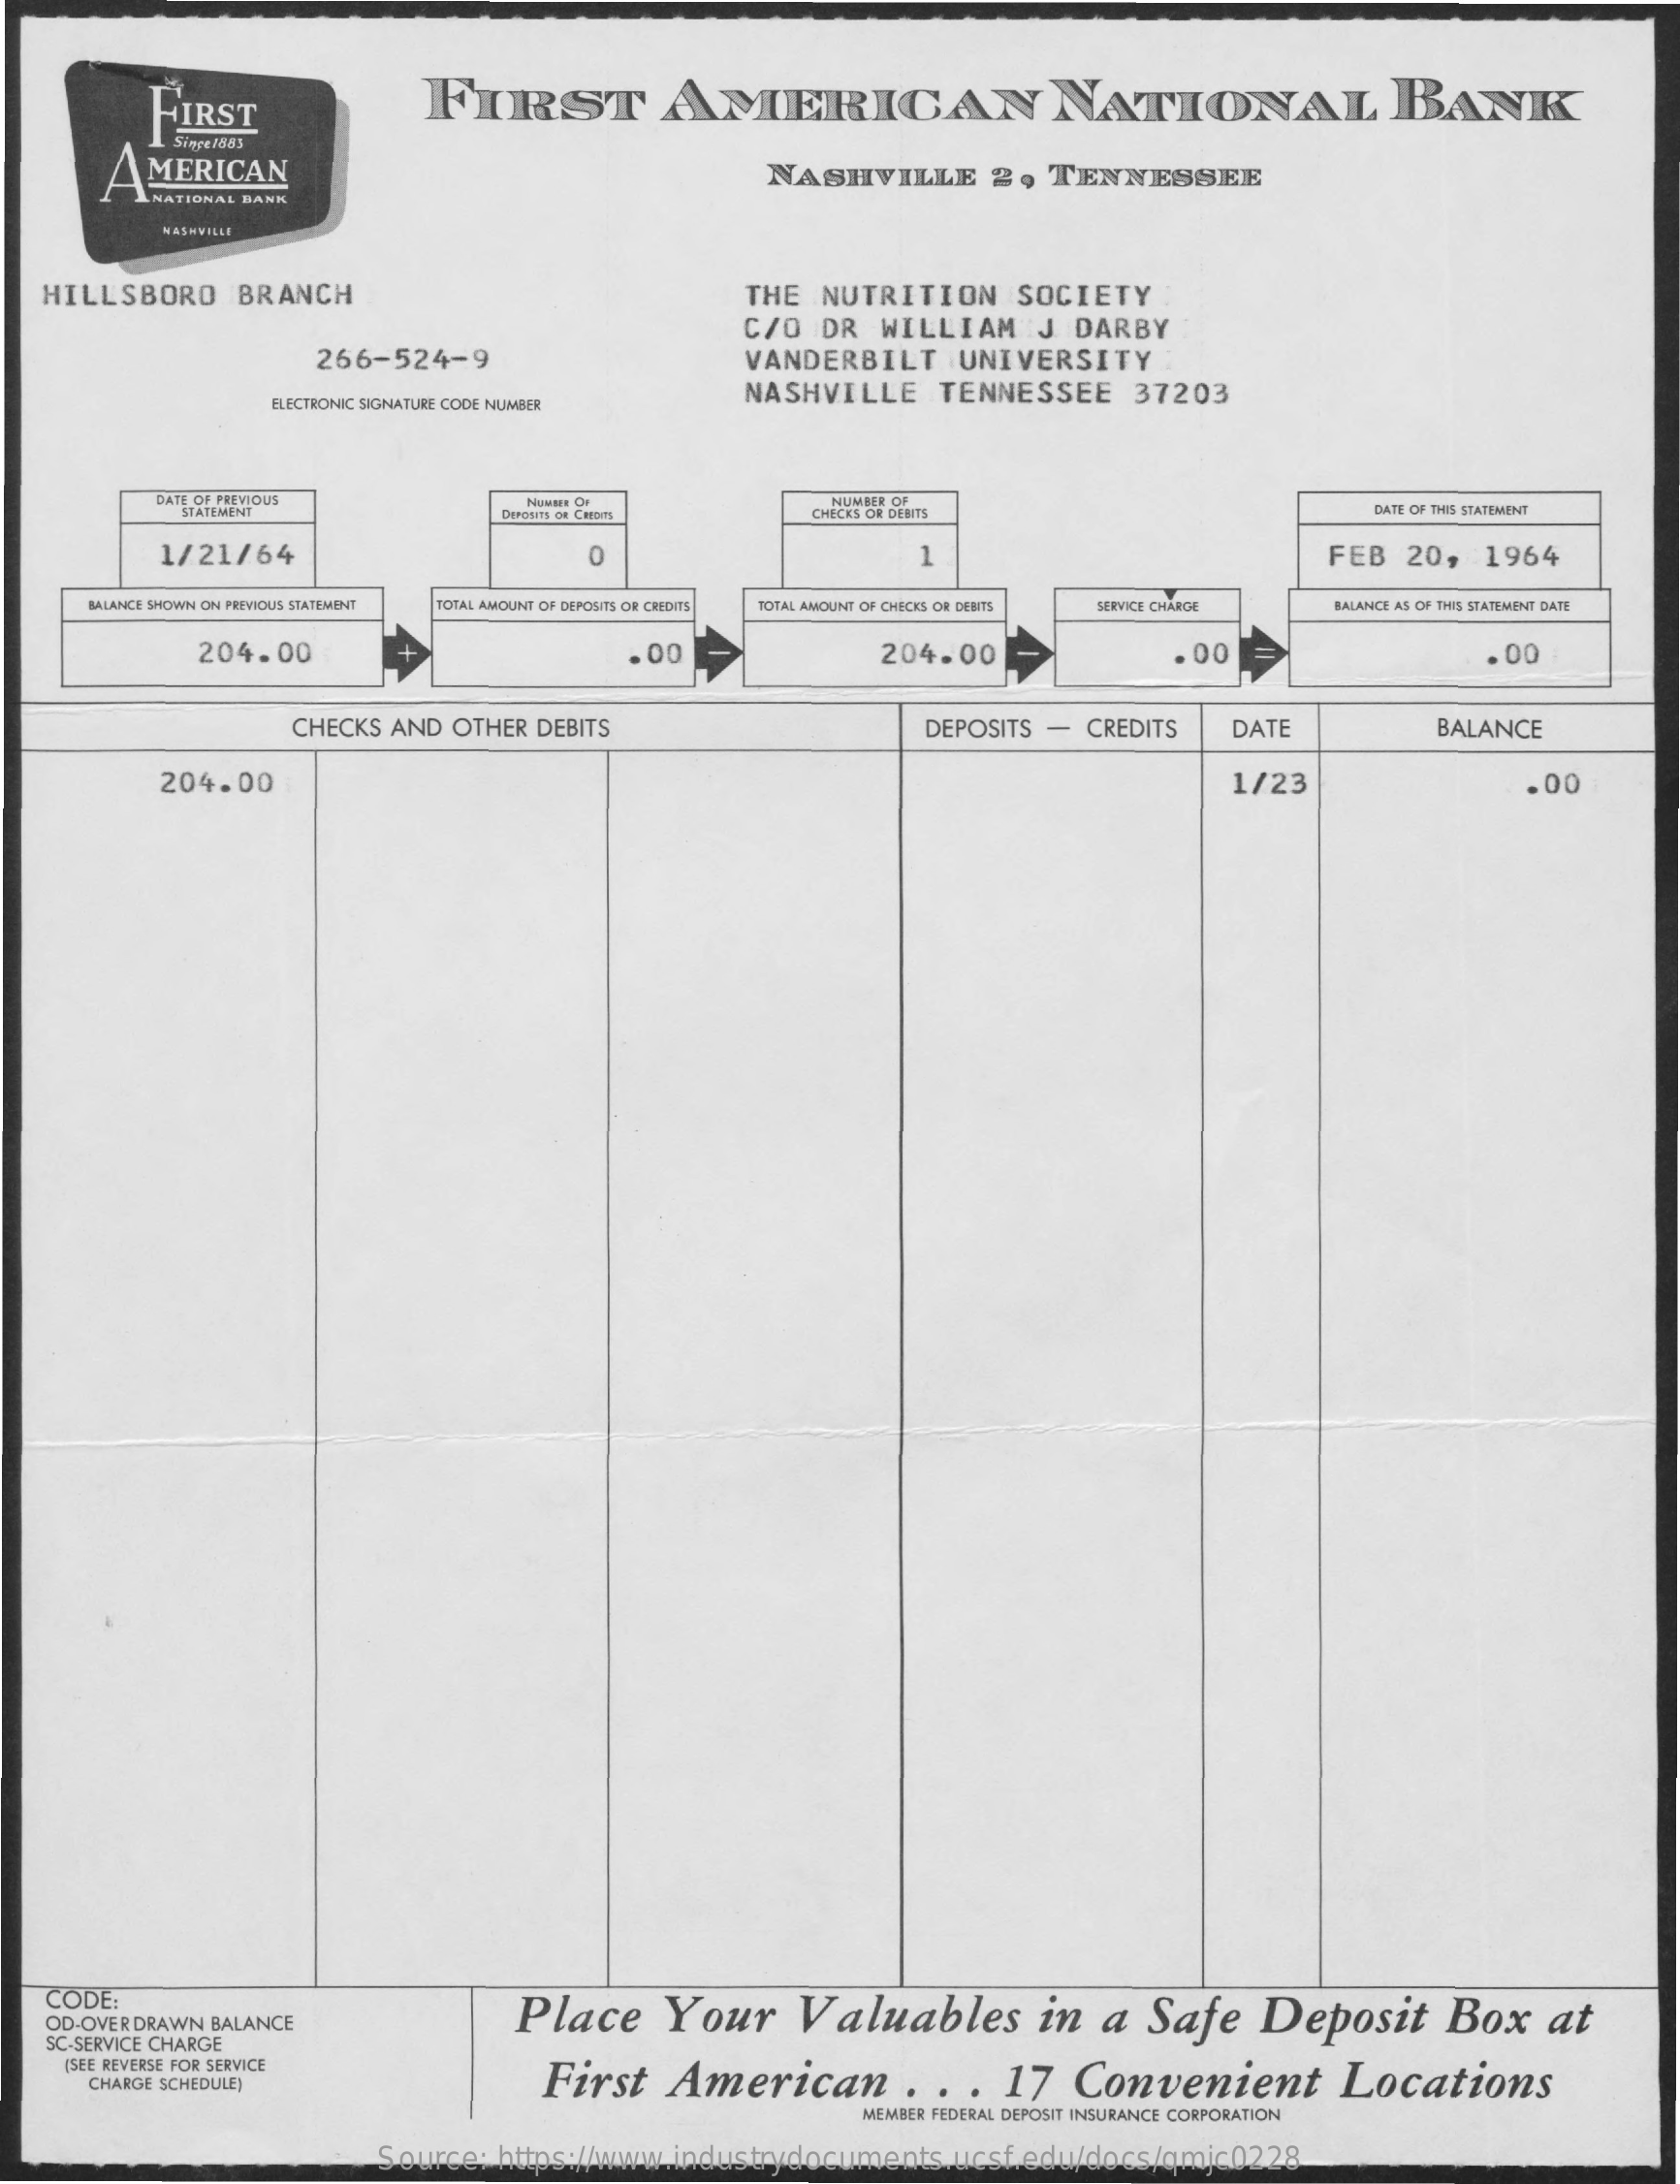
FIRST    FIRST    AMERICAN    NATIONAL    BANK
     Singel005
     AMERICAN    NASHVILLE    2,   TENNESSEE
     NATIONAL BANK
    HILLSBORO    BRANCH    THE   NUTRITION    SOCIETY
     266-524-9
     C/O   DR   WILLIAM    J  DARBY
     VANDERBILT    UNIVERSITY
     ELECTRONIC SIGNATURE CODE NUMBER
     NASHVILLE    TENNESSEE    37203
     DATE OF PREVIO
     STATEMENT
     Dircarts ok Cions
     NUMBER OF
     CHECES OR DEBITS    DATE OF THIS STATEMENT
     1/21/64    O    1    FEB    20,    1964
     BALANCE SHOWN ON PREVIOUS STATEMENT TOTAL AMOUNT OF DEPOSITS OR CREDITS TOTAL AMOUNT OF CHECES OR DEBITS SERVICE CHARGE BALANCE AS OF THIS STATEMENT DATE
     204.00    . 00    204.00    . 00    . 00
     CHECKS  AND  OTHER  DEBITS    DEPOSITS   -  CREDITS    DATE    BALANCE
     204.00    1/23    .00
    CODE:
    OD-OVERDRAWN  BALANCE    Place    Your    Valuables    in   a   Safe    Deposit    Box    at
    SC-SERVICE CHARGE
     ISEE REVERSE FOR SERVICE
     First    American    .  .  .  17    Convenient    Locations CHARGE SCHEDULE)
     MEMBER FEDERAL DEPOSIT INSURANCE CORPORATION
     Source:    https://www.industrydocuments.ucsf.edu/docs/qmjc0228